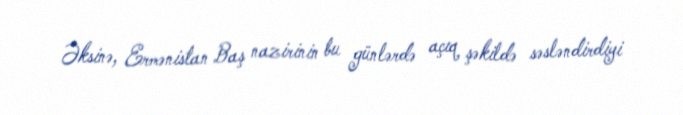
Əksinə, Ermənistan Baş nazirinin bu günlərdə açıq şəkildə səsləndirdiyi